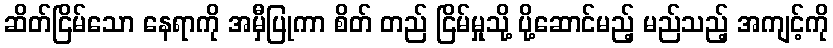
ဆိတ်ငြိမ်သော နေရာကို အမှီပြုကာ စိတ် တည် ငြိမ်မှုသို့ ပို့ဆောင်မည့် မည်သည့် အကျင့်ကို